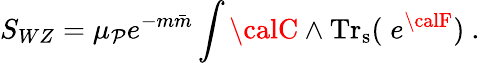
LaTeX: S_{WZ}={\mu_{\mathcal{P}}e^{-m{\bar{{m}}}}}\int{\calC}\wedge\mathrm{{Tr_{s}}}(\; e^{{\calF}})\ .